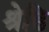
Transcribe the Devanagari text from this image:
श्रेढि